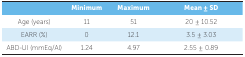
<table><thead><tr><td></td><td><b>Minimum</b></td><td><b>Maximum</b></td><td><b>Mean ± SD</b></td></tr></thead><tbody><tr><td> Age (years)</td><td> 11</td><td> 51</td><td> 20 ± 10.52</td></tr><tr><td> EARR (%)</td><td> 0</td><td> 12.1</td><td> 3.5 ± 3.03</td></tr><tr><td> ABD-UI (mmEq/Al)</td><td> 1.24</td><td> 4.97</td><td> 2.55 ± 0.89</td></tr></tbody></table>